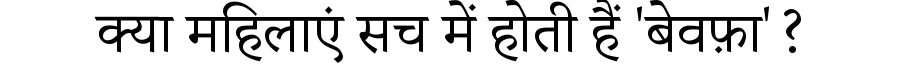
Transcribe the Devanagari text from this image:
क्या महिलाएं सच में होती हैं 'बेवफ़ा'?